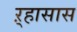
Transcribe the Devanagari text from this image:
ऱ्हासास